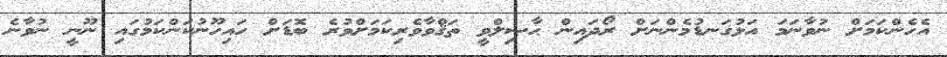
އެހެންކަމަށް ނުވާނަމަ އަޅުގަނޑުމެންނަށް ރޯދައިން ޙާޞިލްވީ ތަޤްވާވެރިކަމަށްވުރެ ބޮޑަށް ހައިހޫނުކަންކަމުގައި ނޫނީ ނުވާނެ